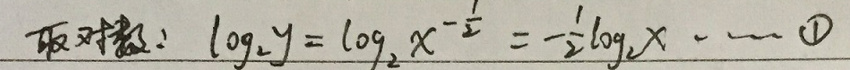
取对数：$\log _{2}y=\log _{2}x^{-\frac{1}{2}}=-\frac{1}{2}\log _{2}x\quad \textcircled{1}$